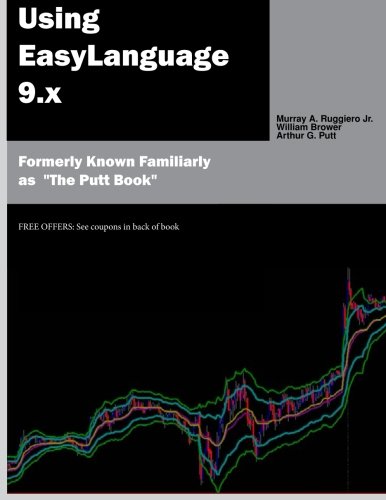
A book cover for Using EasyLanguage 9.X; Murray A Ruggiero Jr; Business & Money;